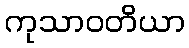
ကုသာဝတိယာ